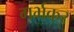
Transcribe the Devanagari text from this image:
गर्भकर